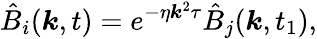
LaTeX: \hat{B}_{i}(\boldsymbol{k},t)=e^{-\eta\boldsymbol{k}^{2}\tau}\hat{B}_{j}(\boldsymbol{k},t_{1}),